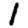
Digit: 1